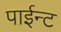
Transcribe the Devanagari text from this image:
पाईन्ट